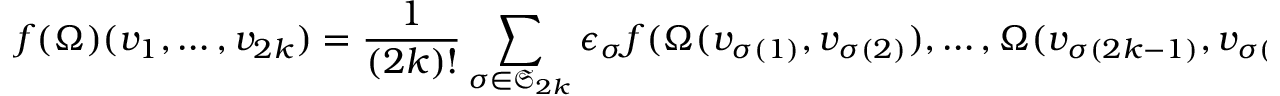
f ( \Omega ) ( v _ { 1 } , \dots , v _ { 2 k } ) = { \frac { 1 } { ( 2 k ) ! } } \sum _ { \sigma \in { \mathfrak { S } } _ { 2 k } } \epsilon _ { \sigma } f ( \Omega ( v _ { \sigma ( 1 ) } , v _ { \sigma ( 2 ) } ) , \dots , \Omega ( v _ { \sigma ( 2 k - 1 ) } , v _ { \sigma ( 2 k ) } ) )